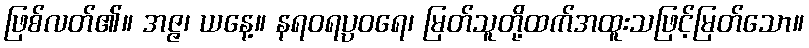
ဖြစ်လတ်၏။ အဇ္ဇ၊ ယနေ့။ နရဝရပ္ပဝရေ၊ မြတ်သူတို့ထက်အထူးသဖြင့်မြတ်သော။